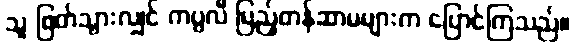
သူ ဖြတ်သွားလျှင် ကပ္ပလီ ပြည့်တန်ဆာမများက ပြောင်ကြသည်။